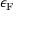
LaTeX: \epsilon _ { \mathrm { { F } } }